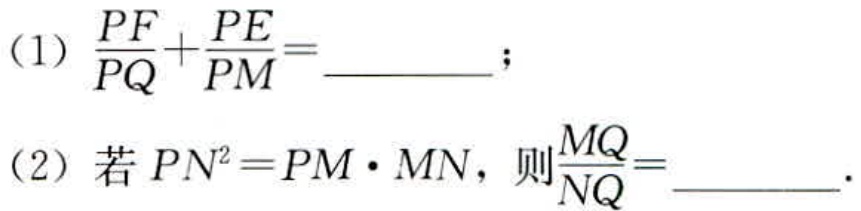
(1) \(\frac{PF}{PQ}+\frac{PE}{PM}=\underline{\quad\quad}\);
(2) 若\(PN^{2}=PM\cdot MN\)，则\(\frac{MQ}{NQ}=\underline{\quad\quad}\).